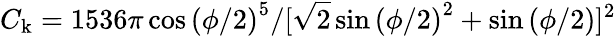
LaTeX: C_{\mathrm{k}}=1536\pi\cos{(\phi/2)}^{5}/[\sqrt{2}\sin{(\phi/2)}^{2}+\sin{(\phi/2)}]^{2}